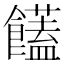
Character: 饚